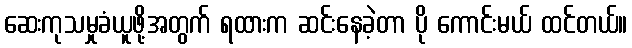
ဆေးကုသမှုခံယူဖို့အတွက် ရထားက ဆင်းနေခဲ့တာ ပို ကောင်းမယ် ထင်တယ်။